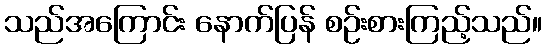
သည်အကြောင်း နောက်ပြန် စဉ်းစားကြည့်သည်။